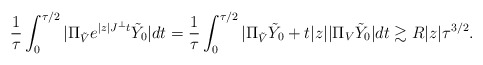
\begin{align*} \frac{1}{\tau}\int_0^{\tau/2}|\Pi_{\tilde{V}} e^{|z| J^\perp t}\tilde{Y}_0|dt = \frac{1}{\tau}\int_0^{\tau/2} |\Pi_{\tilde{V}} \tilde{Y}_0 + t|z| |\Pi_V \tilde{Y}_0| dt \gtrsim R |z|\tau^{3/2}.\end{align*}